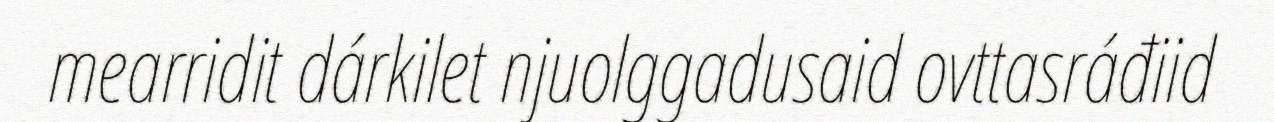
mearridit dárkilet njuolggadusaid ovttasráđiid